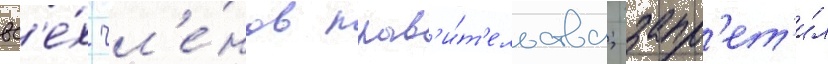
вс'е́х чл'е́нов прав'и́т'ельства; запр'ет'и́л